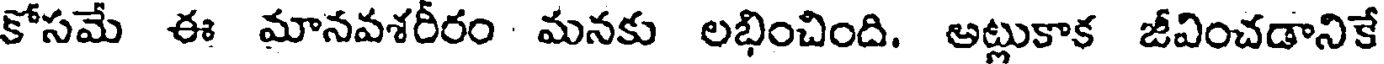
కోసమే ఈ మానవశరీరం మనకు లభించింది. అట్లుకాక జీవించడానికే